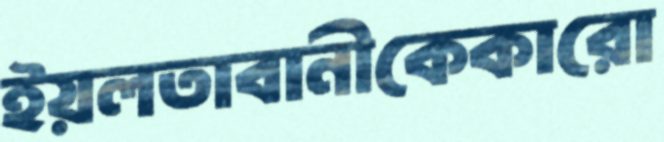
ইয়লতাবানীকেকারো